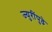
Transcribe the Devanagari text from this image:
ज्युरींपुढे